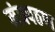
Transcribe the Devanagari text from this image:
मंत्रपठण